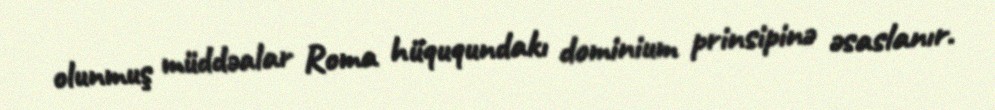
olunmuş müddəalar Roma hüququndakı dominium prinsipinə əsaslanır.